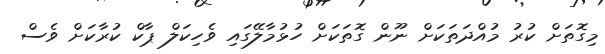
މިގޮތަށް ކުރު މުއްދަތަކަށް ނޫން ގޮތަކަށް ހުޅުމާލޭގައި ވެހިކަލް ޕާކް ކުރާކަށް ވެސް